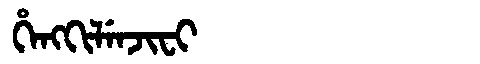
Manchu: ᡥᡝᠩᡴᡳᠯᡝᠨᠵᡳᠸᡳ
Romanization: HENGKILENJIFI